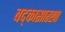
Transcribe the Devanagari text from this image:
बद्कासारखा